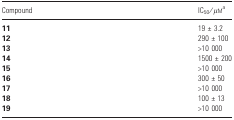
<table><thead><tr><td><b>Compound</b></td><td><b>IC<sub>50</sub>/μma</b></td></tr></thead><tbody><tr><td><b>11</b></td><td>19 ± 3.2</td></tr><tr><td><b>12</b></td><td>290 ± 100</td></tr><tr><td><b>13</b></td><td>&gt;10 000</td></tr><tr><td><b>14</b></td><td>1500 ± 200</td></tr><tr><td><b>15</b></td><td>&gt;10 000</td></tr><tr><td><b>16</b></td><td>300 ± 50</td></tr><tr><td><b>17</b></td><td>&gt;10 000</td></tr><tr><td><b>18</b></td><td>100 ± 13</td></tr><tr><td><b>19</b></td><td>&gt;10 000</td></tr></tbody></table>